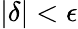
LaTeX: |\delta|<\epsilon